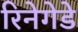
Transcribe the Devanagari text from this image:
रिनेगेडे